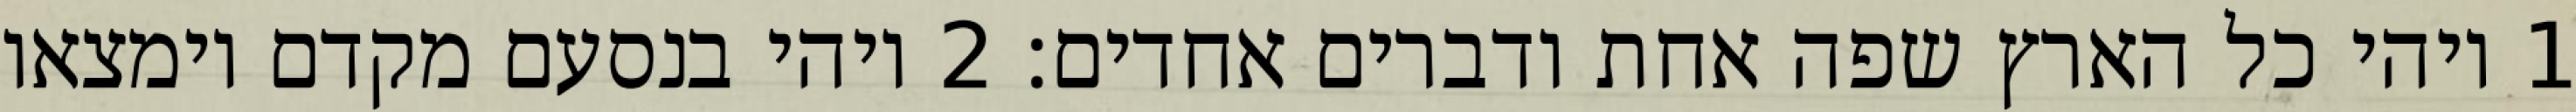
1 ויהי כל הארץ שפה אחת ודברים אחדים׃ ‎2‏ ויהי בנסעם מקדם וימצאו